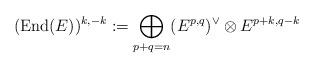
LaTeX: \begin{align*}(\mathrm{End}(E))^{k,-k} := \bigoplus_{p+q=n} (E^{p,q})^{\vee} \otimes E^{p+k,q-k} \end{align*}